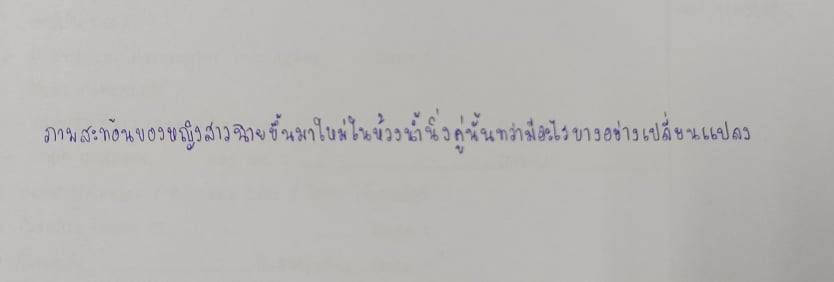
ภาพสะท้อนของหญิงสาวฉายขึ้นมาใหม่ในห้วงน้ำนิ่งคู่นั้นทว่ามีอะไรบางอย่างเปลี่ยนแปลง